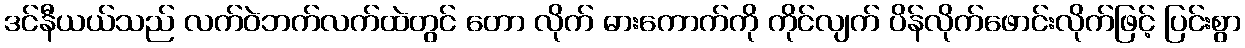
ဒင်နီယယ်သည် လက်ဝဲဘက်လက်ထဲတွင် တော လိုက် ဓားကောက်ကို ကိုင်လျက် ပိန်လိုက်ဖောင်းလိုက်ဖြင့် ပြင်းစွာ